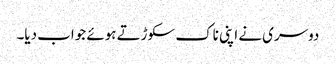
دوسری نے اپنی ناک سکوڑتے ہوئے جواب دیا۔